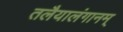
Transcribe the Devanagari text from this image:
तलैयालंगानम्